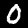
Digit: 0